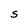
Character: S